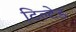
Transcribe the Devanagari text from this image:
टिल्‍टेड